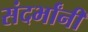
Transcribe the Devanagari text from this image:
संदर्भांनी